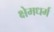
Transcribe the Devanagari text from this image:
क्षेमधर्म